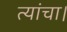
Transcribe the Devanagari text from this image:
त्यांचा।